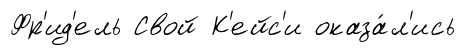
Фр'ид'ель Свой К'ейс'и оказа́л'ись